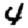
Digit: 4